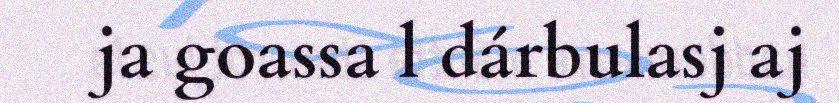
ja goassa l dárbulasj aj